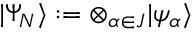
\vert \Psi _ { N } \rangle : = \otimes _ { \alpha \in J } \vert \psi _ { \alpha } \rangle